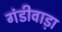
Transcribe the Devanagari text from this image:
गंडीवाड़ा